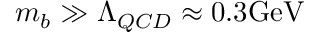
m _ { b } \gg \Lambda _ { Q C D } \approx 0 . 3 \mathrm { G e V }